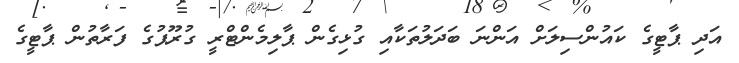
އަދި ޕާޓީގެ ކައުންސިލަށް އަންނަ ބަދަލުތަކާއި ގުޅިގެން ޕާލިމެންޓްރީ ގުރޫޕުގެ ފަރާތުން ޕާޓީގެ